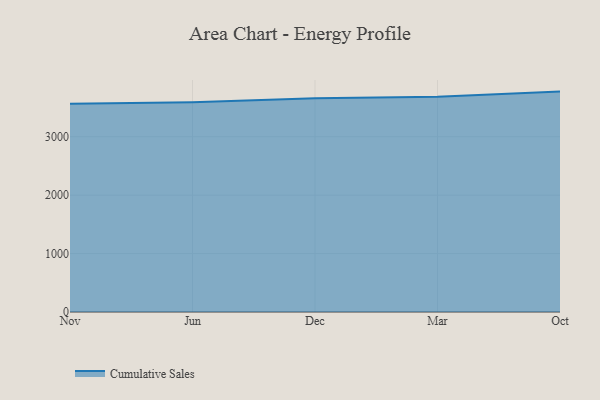
{"axis": {"x": "Month", "y": "Backlog"}, "legend": ["Cumulative Sales"], "data": [{"x": "Nov", "y": 3564.9, "type": "Cumulative Sales"}, {"x": "Jun", "y": 3589.5, "type": "Cumulative Sales"}, {"x": "Dec", "y": 3658.5, "type": "Cumulative Sales"}, {"x": "Mar", "y": 3684.0, "type": "Cumulative Sales"}, {"x": "Oct", "y": 3772.9, "type": "Cumulative Sales"}]}